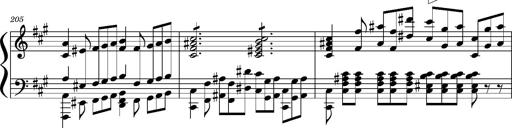
Title: Concerto sans orchestre, S.524a
Composer: Franz Liszt
Key: A major